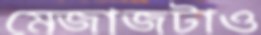
মেজাজটাও